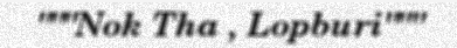
"""Nok Tha , Lopburi"""